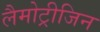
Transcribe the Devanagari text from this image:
लैमोट्रीजिन